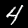
Digit: 4